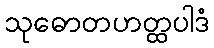
သုဓောတဟတ္ထပါဒံ